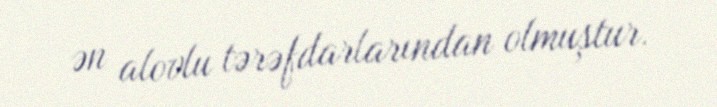
ən alovlu tərəfdarlarından olmuştur.